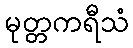
မုတ္တကရီသံ